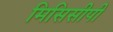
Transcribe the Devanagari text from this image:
मिसिसीपी